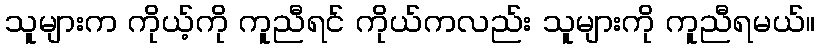
သူများက ကိုယ့်ကို ကူညီရင် ကိုယ်ကလည်း သူများကို ကူညီရမယ်။